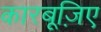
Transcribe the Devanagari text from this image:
कारबूज़िए